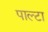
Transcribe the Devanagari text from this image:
पाल्टा